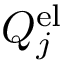
Q _ { j } ^ { \mathrm { e l } }